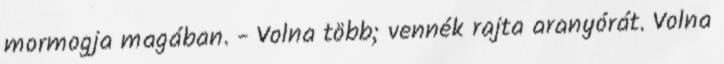
mormogja magában. - Volna több; vennék rajta aranyórát. Volna